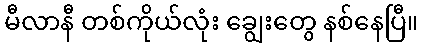
မီလာနီ တစ်ကိုယ်လုံး ချွေးတွေ နစ်နေပြီ။